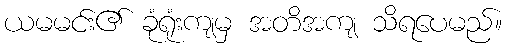
ယမမင်း၏ ခုံရုံးကျမှ အတိအကျ သိရပေမည်။